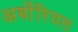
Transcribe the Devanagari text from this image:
अर्बोरियल